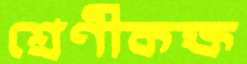
শ্রেণীকক্ষ